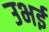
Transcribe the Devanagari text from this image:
उभई